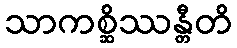
သာကစ္ဆိဿန္တီတိ